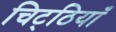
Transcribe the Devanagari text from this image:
चिट्‌ठियाँ